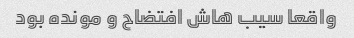
واقعا سیب هاش افتضاح و مونده بود